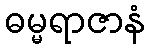
ဓမ္မရာဇာနံ